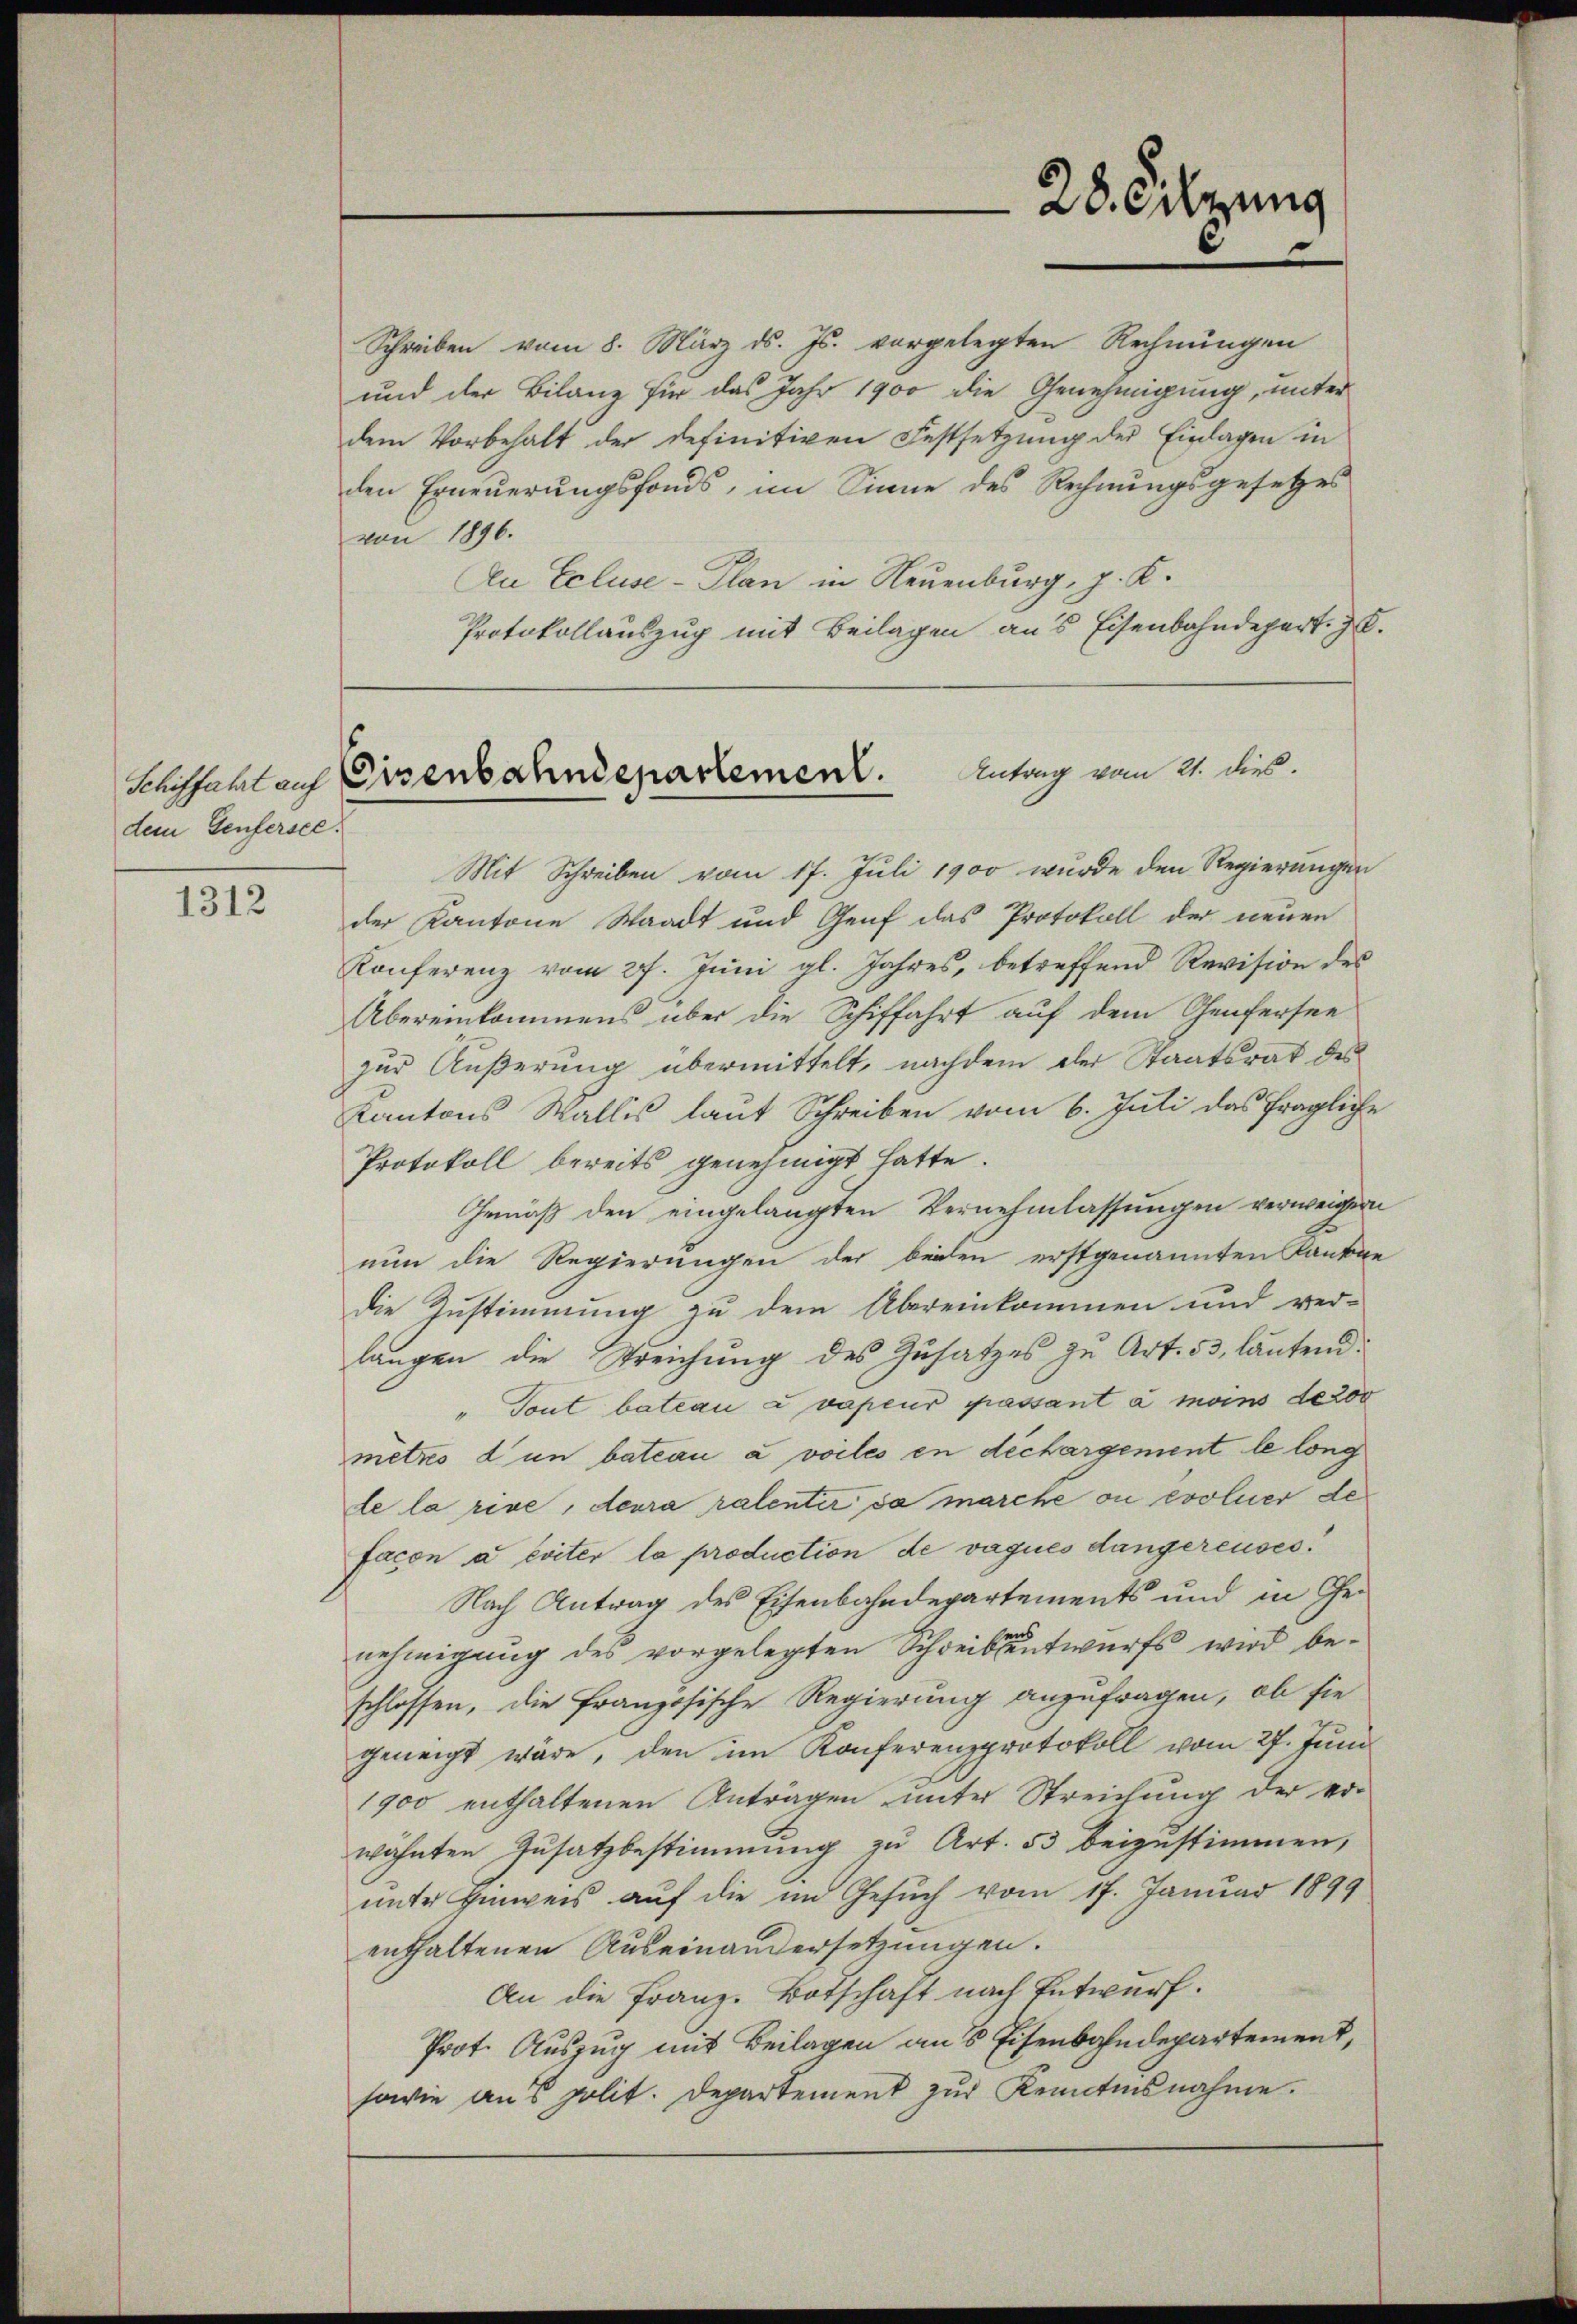
dem Genfersee.

1312

Antrag vom 21. dies
Schiffahl auf Eisenbahndepartement.

Schreiben vom 8. März d. Js. vorgelegten Rechnungen
und der Bilanz für das Jahr 1900 die Genehmigung, unter
dem Vorbehalt der definitiven Festsetzung der Einlagen in
den Erneuerungsfonds, im Sinne des Rechnungsgesetzes
von 1896.
An Ecluse-Plan in Neuenburg, p. K.
Protokollauszug mit Beilagen aus Eisenbahndepart. Z.
Mit Schreiben vom 17. Juli 1900 wurde den Regierungen
der Kantone Staadt und Genf das Protokoll der neuen
Konferenz vom 27. Jŭni gl. Jahres, betreffend Revision des
Übereinkommens über die Schiffahrt auf dem Genfersee
zur Äußerung übermittelt, nachdem der Staatsrat des
Kantons Wallis laut Schreiben vom 6. Juli das fragliche
Protokoll bereits genehmigt hatte.
Gemäß den eingelangten Vernehmlassungen verweigern
nun die Regierungen der beiden erstgenannten Kantone
die Zustimmung zu dem Übereinkommen und ver-
langen die Treichung des Zusatzes zu Art. 53, lautend:
" Tout bateau avapeur passant à moins derov
metro dun bateau a voiles en déchargement le long
de la rive, devra ratenter da marche ou evoluer de
Facon a éviter la production de vagués dangereuses.
Nach Antrag des Eisenbahndepartements und in Genehmigung des vorgelegten Schreibsentwurfs wird beschlossen, die französische Regierung anzufragen, ob sie
geneigt wäre, den im Konferenzprotokoll vom 27. Juni
1900 enthaltenen Anträgen unter Streichung der er-
wähnten Zusatzbestimmung zu Art. 53 beizustimmen,
unter Einweis auf die im Gesuch vom 17. Januar 1899
enthaltenen Auseinandersetzungen.
An die Franz. Botschaft nach Entwurf.
Prot. Auszug mit Beilagen an’s Eisenbahndepartement,
sowie aus polit. Departement zur Kenntnisnahme.

28. Cirung